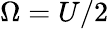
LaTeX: \Omega=U/2